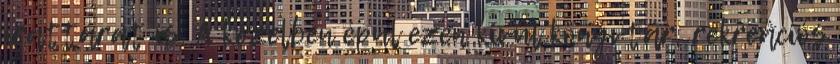
irattárat is. A közelben épül ezen kívül könyvtár, rekreációs